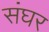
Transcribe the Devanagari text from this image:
संघर